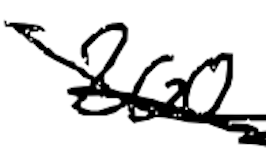
Text: 200
Cross-out: scratch
Writing tool: digital_black